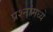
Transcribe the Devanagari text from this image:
प्रश्नांमध्ये